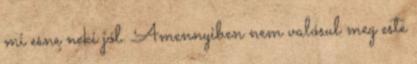
mi esne neki jól. Amennyiben nem valósul meg este